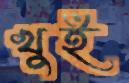
খুই